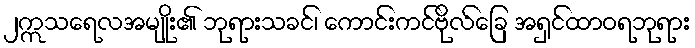
၂ဣသရေလအမျိုး၏ ဘုရားသခင်၊ ကောင်းကင်ဗိုလ်ခြေ အရှင်ထာဝရဘုရား